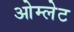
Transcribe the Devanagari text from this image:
ओम्लेट